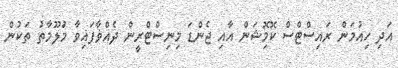
އަދި ހިއުމަން ރައިސްޓްސް ކޮމިޮޝަން އާއި ޖެންޑަ މިނިސްޓްރީން ދެއްޥާފައިވާ މަުލޫމާތު ތަކުން